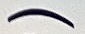
)